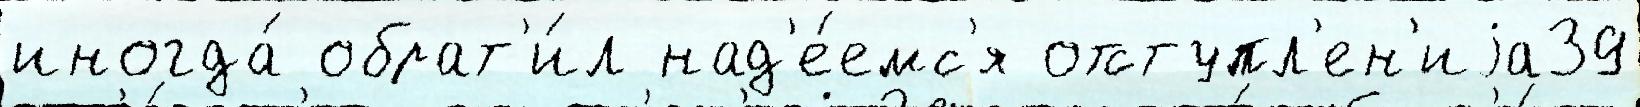
иногда́ обрат'и́л над'е́емс'я отступл'ен'иjа39